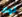
لوك